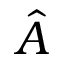
\hat { A }